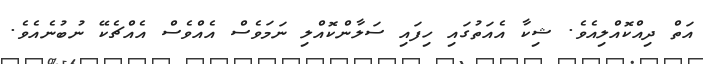
އަތް ދިއްކޮއްލިއެވެ. ޝިކާ އެއަތުގައި ހިފައި ސަލާންކޮއްލި ނަމަވެސް އެއްވެސް އެއްޗެކޭ ނުބުނެއެވެ.